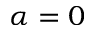
\alpha = 0